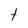
Character: t